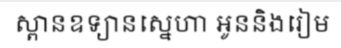
ស្ពានឧទ្យានស្នេហា អូននិងរៀម